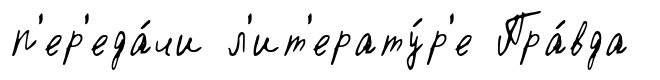
п'ер'еда́чи л'ит'ерату́р'е Пра́вда